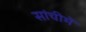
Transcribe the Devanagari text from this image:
सांचीमें